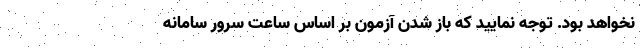
نخواهد بود. توجه نمایید که باز شدن آزمون بر اساس ساعت سرور سامانه